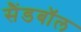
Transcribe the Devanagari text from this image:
सैंडबॉल